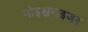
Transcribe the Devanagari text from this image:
मोइश्चराइजर